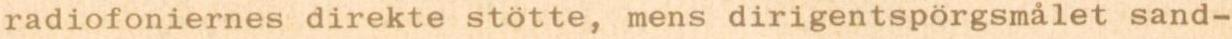
radiofoniernes direkte stötte, mens dirigentspörgsmålet sand-